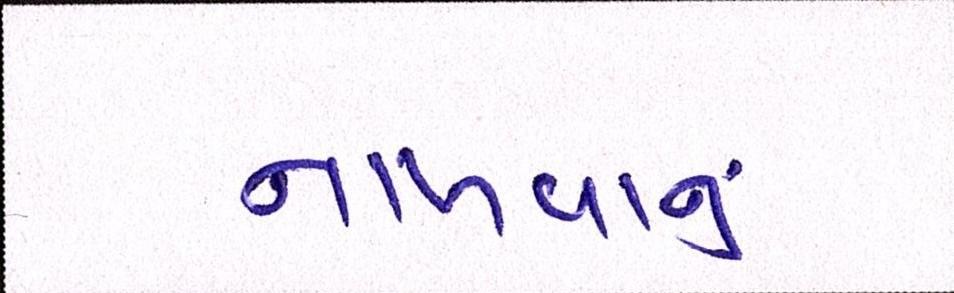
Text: નાખવાનું